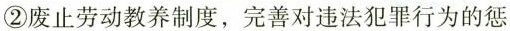
②废止劳动教养制度，完善对违法犯罪行为的惩